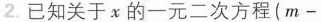
2. 已知关于x的一元二次方程$$( m -$$